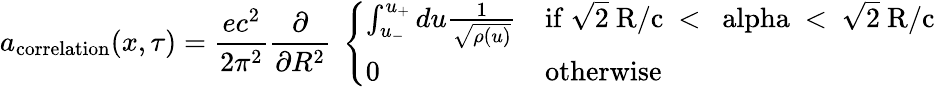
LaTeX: a_{\mathrm{correlation}}(x,\tau)=\frac{ec^{2}}{2\pi^{2}}\frac{\partial}{\partial R^{2}}\ \left\{ \begin{array}{ll}{{\int_{u_{-}}^{u_{+}}du\frac{1}{\sqrt{\rho(u)}}}}&{{\mathrm{if~\sqrt{2}~R/c~<~\ alpha~<~\sqrt{2}~R/c~}}}\\ {{0}}&{{\mathrm{otherwise}}}\end{array}\right.